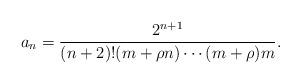
LaTeX: \begin{align*}a_n=\frac{2^{n+1}}{(n+2)!(m+\rho n)\cdots(m+\rho)m}.\end{align*}